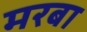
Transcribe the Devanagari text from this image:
मरबा